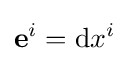
\mathbf {e} ^{i}=\mathrm {d} x^{i}